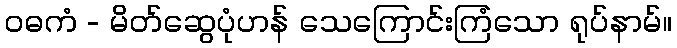
ဝဓကံ - မိတ်ဆွေပုံဟန် သေကြောင်းကြံသော ရုပ်နာမ်။